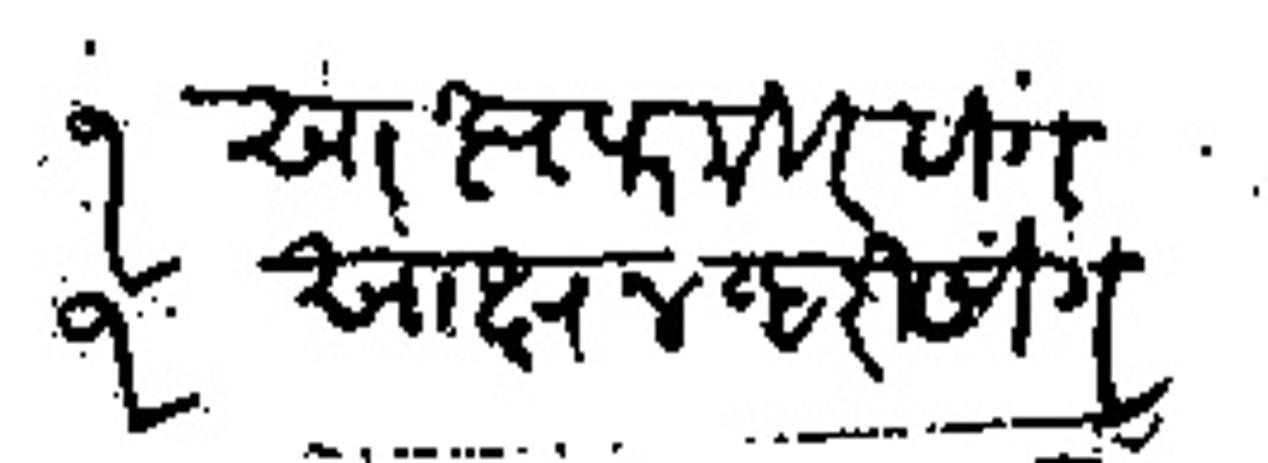
Transliteration (Devanagari): १ साक्ष फकीरसिग १ साक्ष नव्हरसिग